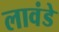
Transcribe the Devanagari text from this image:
लावंडे